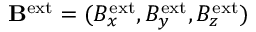
\mathbf { B } ^ { \mathrm { e x t } } = ( B _ { x } ^ { \mathrm { e x t } } , B _ { y } ^ { \mathrm { e x t } } , B _ { z } ^ { \mathrm { e x t } } )